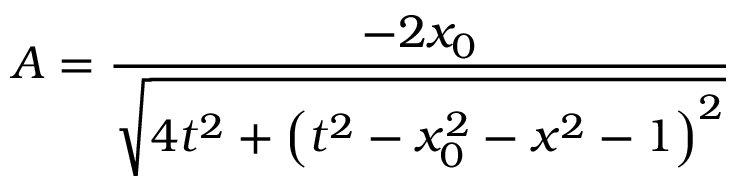
A = \frac { - 2 x _ { 0 } } { \sqrt { 4 t ^ { 2 } + \left( t ^ { 2 } - x _ { 0 } ^ { 2 } - x ^ { 2 } - 1 \right) ^ { 2 } } }